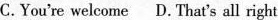
C.You're welcome D.That's all right